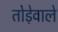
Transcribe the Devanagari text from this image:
तोड़ेवाले